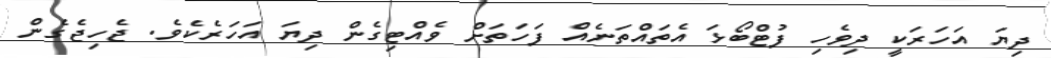
ދިޔަ އަހަރަކީ ދިވެހި ފުޓްބޯޅަ އެތައްތަނެއް ފަހަތަށް ވެއްޓިގެން ދިޔަ އަހަރެކެވެ. ޖެހިޖެގެން